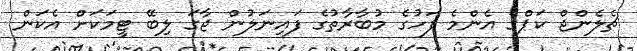
ޗެލެންޖް ކަޕްގެ އެންމެ ފަހުގެ މުބާރާތުގެ ފައިނަލުން ޖާގަ ލިބޭ ޓީމަކަށް އެކަން